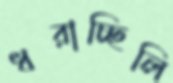
ধরাচ্ছিলি